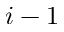
i - 1